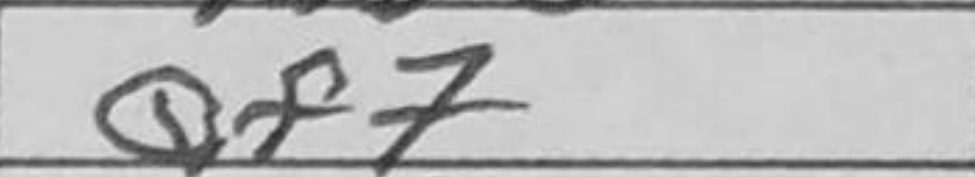
Transcription: Qf7